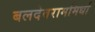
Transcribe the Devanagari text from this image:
बलदेवराममिर्धा